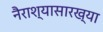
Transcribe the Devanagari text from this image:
नैराश्यासारख्या